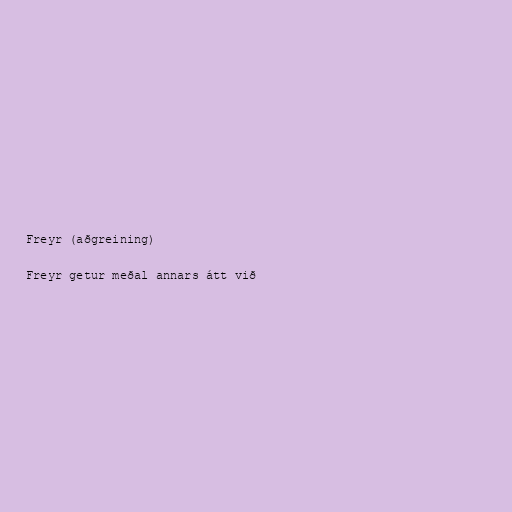
Freyr (aðgreining)

Freyr getur meðal annars átt við